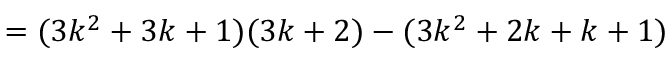
= ( 3 k ^ { 2 } + 3 k + 1 ) ( 3 k + 2 ) - ( 3 k ^ { 2 } + 2 k + k + 1 )